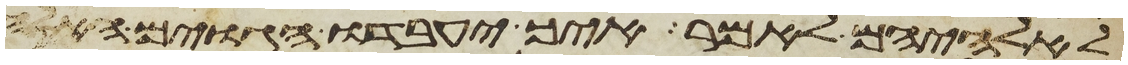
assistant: לאלהיהם לאמר איך יעבדו הגוים האלה